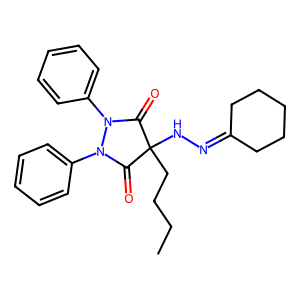
SMILES: CCCCC1(NN=C2CCCCC2)C(=O)N(c2ccccc2)N(c2ccccc2)C1=O
Inhibits HIV replication: No